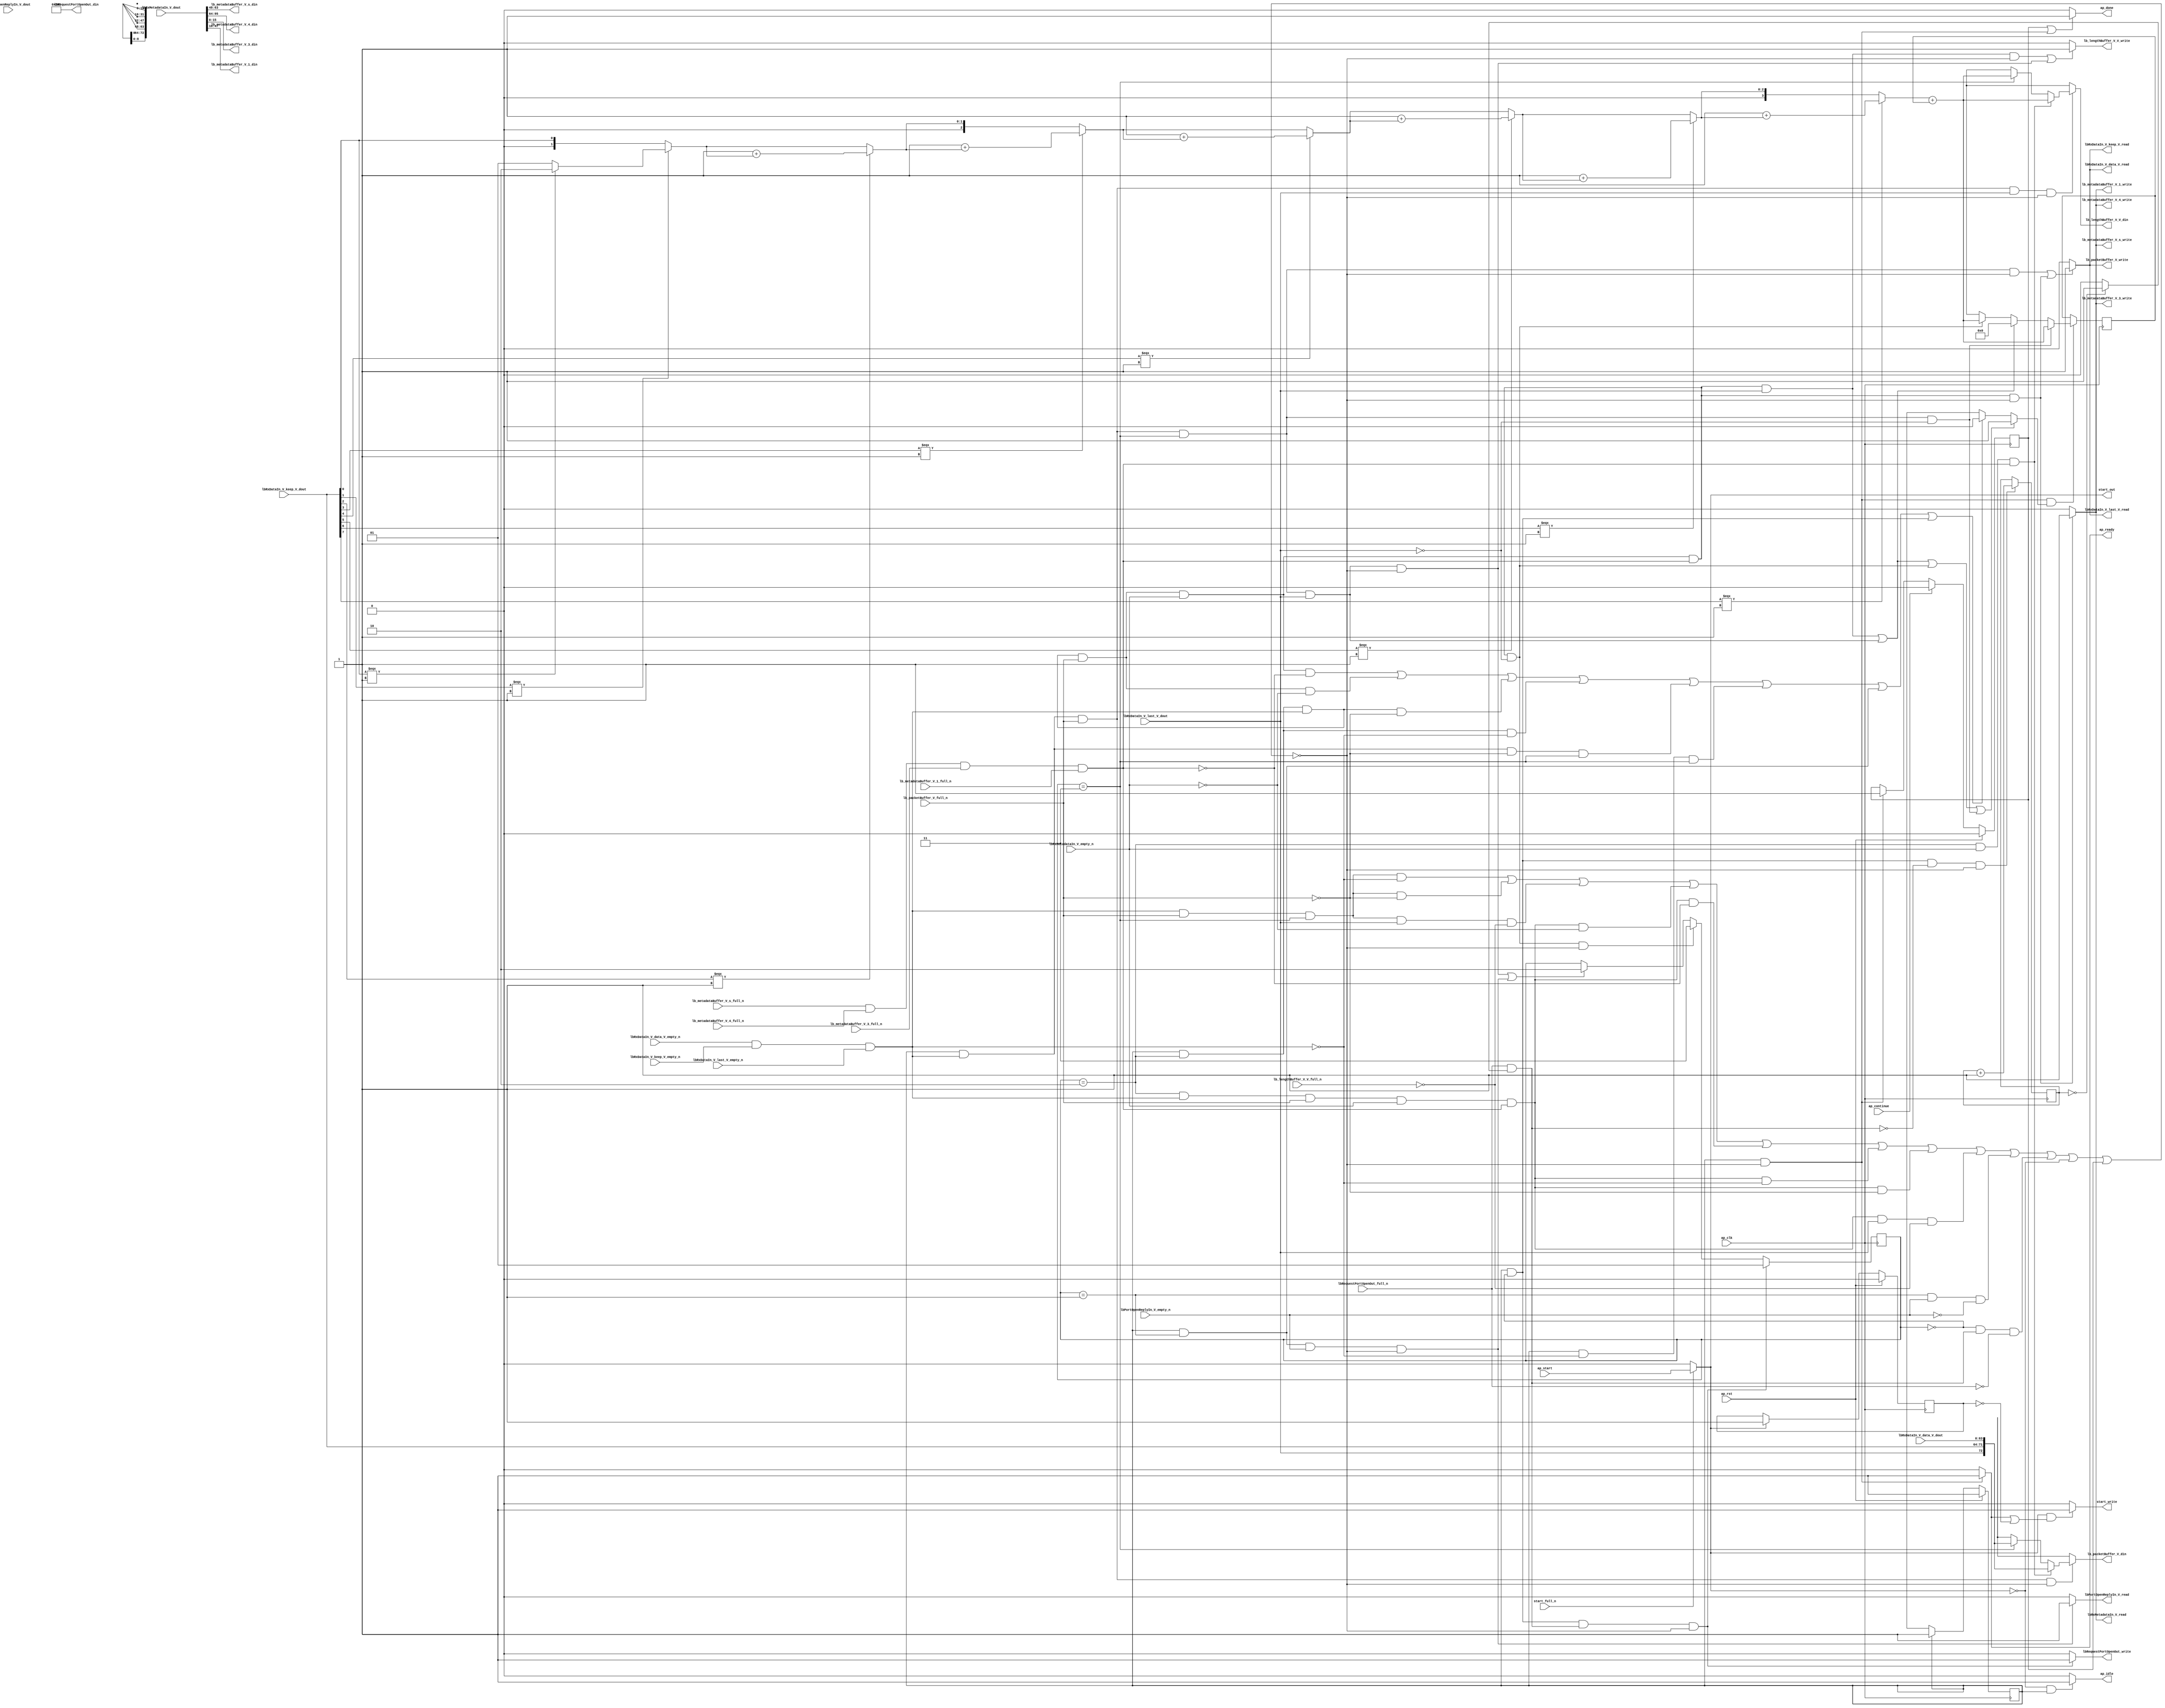
// This program was cloned from: https://github.com/mustafabbas/ECE1373_2016_hft_on_fpga
// License: MIT License

// ==============================================================
// RTL generated by Vivado(TM) HLS - High-Level Synthesis from C, C++ and SystemC
// Version: 2016.3
// Copyright (C) 1986-2016 Xilinx, Inc. All Rights Reserved.
// 
// ===========================================================

`timescale 1 ns / 1 ps 

module rxPath (
        ap_clk,
        ap_rst,
        ap_start,
        start_full_n,
        ap_done,
        ap_continue,
        ap_idle,
        ap_ready,
        start_out,
        start_write,
        lbRxDataIn_V_data_V_dout,
        lbRxDataIn_V_data_V_empty_n,
        lbRxDataIn_V_data_V_read,
        lbRxDataIn_V_keep_V_dout,
        lbRxDataIn_V_keep_V_empty_n,
        lbRxDataIn_V_keep_V_read,
        lbRxDataIn_V_last_V_dout,
        lbRxDataIn_V_last_V_empty_n,
        lbRxDataIn_V_last_V_read,
        lbRxMetadataIn_V_dout,
        lbRxMetadataIn_V_empty_n,
        lbRxMetadataIn_V_read,
        lbRequestPortOpenOut_din,
        lbRequestPortOpenOut_full_n,
        lbRequestPortOpenOut_write,
        lbPortOpenReplyIn_V_dout,
        lbPortOpenReplyIn_V_empty_n,
        lbPortOpenReplyIn_V_read,
        lb_packetBuffer_V_din,
        lb_packetBuffer_V_full_n,
        lb_packetBuffer_V_write,
        lb_metadataBuffer_V_s_din,
        lb_metadataBuffer_V_s_full_n,
        lb_metadataBuffer_V_s_write,
        lb_metadataBuffer_V_4_din,
        lb_metadataBuffer_V_4_full_n,
        lb_metadataBuffer_V_4_write,
        lb_metadataBuffer_V_3_din,
        lb_metadataBuffer_V_3_full_n,
        lb_metadataBuffer_V_3_write,
        lb_metadataBuffer_V_1_din,
        lb_metadataBuffer_V_1_full_n,
        lb_metadataBuffer_V_1_write,
        lb_lengthBuffer_V_V_din,
        lb_lengthBuffer_V_V_full_n,
        lb_lengthBuffer_V_V_write
);

parameter    ap_ST_fsm_state1 = 1'b1;
parameter    ap_const_lv32_0 = 32'b00000000000000000000000000000000;
parameter    ap_const_lv2_0 = 2'b00;
parameter    ap_const_lv16_0 = 16'b0000000000000000;
parameter    ap_const_lv2_2 = 2'b10;
parameter    ap_const_lv2_3 = 2'b11;
parameter    ap_const_lv2_1 = 2'b1;
parameter    ap_const_lv16_281 = 16'b1010000001;
parameter    ap_const_lv32_2 = 32'b10;
parameter    ap_const_lv32_3 = 32'b11;
parameter    ap_const_lv32_4 = 32'b100;
parameter    ap_const_lv32_5 = 32'b101;
parameter    ap_const_lv32_6 = 32'b110;
parameter    ap_const_lv32_1 = 32'b1;
parameter    ap_const_lv3_1 = 3'b1;
parameter    ap_const_lv32_7 = 32'b111;
parameter    ap_const_lv4_1 = 4'b1;
parameter    ap_const_lv32_10 = 32'b10000;
parameter    ap_const_lv32_2F = 32'b101111;
parameter    ap_const_lv32_30 = 32'b110000;
parameter    ap_const_lv32_3F = 32'b111111;
parameter    ap_const_lv32_40 = 32'b1000000;
parameter    ap_const_lv32_5F = 32'b1011111;
parameter    ap_const_lv32_FFFFFFFF = 32'b11111111111111111111111111111111;

input   ap_clk;
input   ap_rst;
input   ap_start;
input   start_full_n;
output   ap_done;
input   ap_continue;
output   ap_idle;
output   ap_ready;
output   start_out;
output   start_write;
input  [63:0] lbRxDataIn_V_data_V_dout;
input   lbRxDataIn_V_data_V_empty_n;
output   lbRxDataIn_V_data_V_read;
input  [7:0] lbRxDataIn_V_keep_V_dout;
input   lbRxDataIn_V_keep_V_empty_n;
output   lbRxDataIn_V_keep_V_read;
input  [0:0] lbRxDataIn_V_last_V_dout;
input   lbRxDataIn_V_last_V_empty_n;
output   lbRxDataIn_V_last_V_read;
input  [95:0] lbRxMetadataIn_V_dout;
input   lbRxMetadataIn_V_empty_n;
output   lbRxMetadataIn_V_read;
output  [15:0] lbRequestPortOpenOut_din;
input   lbRequestPortOpenOut_full_n;
output   lbRequestPortOpenOut_write;
input   lbPortOpenReplyIn_V_dout;
input   lbPortOpenReplyIn_V_empty_n;
output   lbPortOpenReplyIn_V_read;
output  [72:0] lb_packetBuffer_V_din;
input   lb_packetBuffer_V_full_n;
output   lb_packetBuffer_V_write;
output  [15:0] lb_metadataBuffer_V_s_din;
input   lb_metadataBuffer_V_s_full_n;
output   lb_metadataBuffer_V_s_write;
output  [31:0] lb_metadataBuffer_V_4_din;
input   lb_metadataBuffer_V_4_full_n;
output   lb_metadataBuffer_V_4_write;
output  [15:0] lb_metadataBuffer_V_3_din;
input   lb_metadataBuffer_V_3_full_n;
output   lb_metadataBuffer_V_3_write;
output  [31:0] lb_metadataBuffer_V_1_din;
input   lb_metadataBuffer_V_1_full_n;
output   lb_metadataBuffer_V_1_write;
output  [15:0] lb_lengthBuffer_V_V_din;
input   lb_lengthBuffer_V_V_full_n;
output   lb_lengthBuffer_V_V_write;

reg ap_done;
reg ap_idle;
reg start_write;
reg lbRxMetadataIn_V_read;
reg lbRequestPortOpenOut_write;
reg lbPortOpenReplyIn_V_read;
reg[72:0] lb_packetBuffer_V_din;
reg lb_packetBuffer_V_write;
reg[15:0] lb_lengthBuffer_V_V_din;
reg lb_lengthBuffer_V_V_write;

reg    real_start;
reg    ap_done_reg;
(* fsm_encoding = "none" *) reg   [0:0] ap_CS_fsm;
wire   [0:0] ap_CS_fsm_state1;
reg    internal_ap_ready;
reg    start_once_reg;
reg   [1:0] sinkState;
reg   [15:0] lbPacketLength;
reg   [31:0] openPortWaitTime_V;
reg    lbRxDataIn_V_data_V_blk_n;
wire   [0:0] grp_nbreadreq_fu_134_p5;
wire   [0:0] grp_nbwritereq_fu_146_p3;
wire   [0:0] tmp_12_nbreadreq_fu_178_p3;
wire   [0:0] tmp_23_nbwritereq_fu_186_p6;
reg    lbRxDataIn_V_keep_V_blk_n;
reg    lbRxDataIn_V_last_V_blk_n;
reg    lbRxMetadataIn_V_blk_n;
reg    lbRequestPortOpenOut_blk_n;
wire   [0:0] or_cond_i_fu_768_p2;
reg    lbPortOpenReplyIn_V_blk_n;
wire   [0:0] tmp_6_nbreadreq_fu_222_p3;
reg    lb_packetBuffer_V_blk_n;
reg    lb_metadataBuffer_V_s_blk_n;
reg    lb_metadataBuffer_V_4_blk_n;
reg    lb_metadataBuffer_V_3_blk_n;
reg    lb_metadataBuffer_V_1_blk_n;
reg    lb_lengthBuffer_V_V_blk_n;
reg   [0:0] lbPacketLength_flag_s_phi_fu_255_p26;
wire    lbRxDataIn_V_data_V0_status;
wire    lb_metadataBuffer_V_s1_status;
reg    ap_condition_185;
wire   [15:0] tmp_V_1_fu_744_p2;
reg   [15:0] lbPacketLength_new_4_phi_fu_299_p26;
wire   [15:0] tmp_V_fu_551_p2;
reg    lbRxDataIn_V_data_V0_update;
wire   [72:0] tmp_2_fu_404_p4;
wire   [72:0] tmp_1_fu_597_p4;
reg    lb_metadataBuffer_V_s1_update;
wire   [31:0] tmp_8_i_fu_774_p2;
wire   [0:0] tmp_15_fu_415_p1;
wire   [0:0] tmp_16_fu_423_p3;
wire   [1:0] counter_V_1_i_fu_431_p3;
wire   [1:0] p_051_0_cast_i_fu_419_p1;
wire   [1:0] p_051_0_1_i_fu_439_p3;
wire   [0:0] grp_fu_350_p3;
wire   [1:0] counter_V_2_i_fu_447_p2;
wire   [1:0] p_051_0_2_i_fu_453_p3;
wire   [2:0] p_051_0_2_cast_i_fu_461_p1;
wire   [0:0] grp_fu_358_p3;
wire   [2:0] counter_V_3_i_fu_465_p2;
wire   [2:0] p_051_0_3_i_fu_471_p3;
wire   [0:0] grp_fu_366_p3;
wire   [2:0] counter_V_4_i_fu_479_p2;
wire   [2:0] p_051_0_4_i_fu_485_p3;
wire   [0:0] grp_fu_374_p3;
wire   [2:0] counter_V_5_i_fu_493_p2;
wire   [2:0] p_051_0_5_i_fu_499_p3;
wire   [0:0] grp_fu_382_p3;
wire   [2:0] counter_V_6_i_fu_507_p2;
wire   [2:0] p_051_0_6_i_fu_513_p3;
wire   [3:0] p_051_0_6_cast_i_fu_521_p1;
wire   [0:0] tmp_22_fu_525_p3;
wire   [3:0] counter_V_7_i_fu_533_p2;
wire   [3:0] p_051_0_7_i_fu_539_p3;
wire   [15:0] tmp_12_i_fu_547_p1;
wire   [0:0] tmp_25_fu_608_p1;
wire   [0:0] tmp_26_fu_616_p3;
wire   [1:0] counter_V_1_1_i_fu_624_p3;
wire   [1:0] p_067_0_cast_i_fu_612_p1;
wire   [1:0] p_067_0_1_i_fu_632_p3;
wire   [1:0] counter_V_1_2_i_fu_640_p2;
wire   [1:0] p_067_0_2_i_fu_646_p3;
wire   [2:0] p_067_0_2_cast_i_fu_654_p1;
wire   [2:0] counter_V_1_3_i_fu_658_p2;
wire   [2:0] p_067_0_3_i_fu_664_p3;
wire   [2:0] counter_V_1_4_i_fu_672_p2;
wire   [2:0] p_067_0_4_i_fu_678_p3;
wire   [2:0] counter_V_1_5_i_fu_686_p2;
wire   [2:0] p_067_0_5_i_fu_692_p3;
wire   [2:0] counter_V_1_6_i_fu_700_p2;
wire   [2:0] p_067_0_6_i_fu_706_p3;
wire   [3:0] p_067_0_6_cast_i_fu_714_p1;
wire   [0:0] tmp_32_fu_718_p3;
wire   [3:0] counter_V_1_7_i_fu_726_p2;
wire   [3:0] p_067_0_7_i_fu_732_p3;
wire   [15:0] tmp_16_i_fu_740_p1;
wire   [0:0] or_cond_i_fu_768_p0;
wire   [0:0] tmp_i_fu_762_p2;
reg   [0:0] ap_NS_fsm;
reg    ap_condition_574;
reg    ap_condition_572;
reg    ap_condition_579;

// power-on initialization
initial begin
#0 ap_done_reg = 1'b0;
#0 ap_CS_fsm = 1'b1;
#0 start_once_reg = 1'b0;
#0 sinkState = 2'b00;
#0 lbPacketLength = 16'b0000000000000000;
#0 openPortWaitTime_V = 32'b1100100;
end

always @ (posedge ap_clk) begin
    if (ap_rst == 1'b1) begin
        ap_CS_fsm <= ap_ST_fsm_state1;
    end else begin
        ap_CS_fsm <= ap_NS_fsm;
    end
end

always @ (posedge ap_clk) begin
    if (ap_rst == 1'b1) begin
        ap_done_reg <= 1'b0;
    end else begin
        if ((1'b1 == ap_continue)) begin
            ap_done_reg <= 1'b0;
        end else if (((ap_CS_fsm_state1 == 1'b1) & ~(ap_condition_185 == 1'b1))) begin
            ap_done_reg <= 1'b1;
        end
    end
end

always @ (posedge ap_clk) begin
    if (ap_rst == 1'b1) begin
        start_once_reg <= 1'b0;
    end else begin
        if ((1'b1 == real_start)) begin
            start_once_reg <= 1'b1;
        end
    end
end

always @ (posedge ap_clk) begin
    if (((ap_CS_fsm_state1 == 1'b1) & (ap_const_lv2_0 == sinkState) & ~(1'b0 == or_cond_i_fu_768_p2) & ~(ap_condition_185 == 1'b1))) begin
        sinkState <= ap_const_lv2_1;
    end else if (((ap_CS_fsm_state1 == 1'b1) & (sinkState == ap_const_lv2_2) & ~(grp_nbreadreq_fu_134_p5 == 1'b0) & ~(1'b0 == grp_nbwritereq_fu_146_p3) & ~(1'b0 == tmp_12_nbreadreq_fu_178_p3) & ~(1'b0 == tmp_23_nbwritereq_fu_186_p6) & (1'b0 == lbRxDataIn_V_last_V_dout) & ~(ap_condition_185 == 1'b1))) begin
        sinkState <= ap_const_lv2_3;
    end else if ((((ap_CS_fsm_state1 == 1'b1) & ~(grp_nbreadreq_fu_134_p5 == 1'b0) & ~(1'b0 == grp_nbwritereq_fu_146_p3) & (sinkState == ap_const_lv2_3) & ~(1'b0 == lbRxDataIn_V_last_V_dout) & ~(ap_condition_185 == 1'b1)) | ((ap_CS_fsm_state1 == 1'b1) & (sinkState == ap_const_lv2_1) & ~(1'b0 == tmp_6_nbreadreq_fu_222_p3) & ~(ap_condition_185 == 1'b1)))) begin
        sinkState <= ap_const_lv2_2;
    end
end

always @ (posedge ap_clk) begin
    if (((ap_CS_fsm_state1 == 1'b1) & ~(ap_condition_185 == 1'b1) & ~(1'b0 == lbPacketLength_flag_s_phi_fu_255_p26))) begin
        lbPacketLength <= lbPacketLength_new_4_phi_fu_299_p26;
    end
end

always @ (posedge ap_clk) begin
    if (((ap_CS_fsm_state1 == 1'b1) & (ap_const_lv2_0 == sinkState) & (1'b0 == or_cond_i_fu_768_p2) & ~(ap_condition_185 == 1'b1))) begin
        openPortWaitTime_V <= tmp_8_i_fu_774_p2;
    end
end

always @ (*) begin
    if (((1'b1 == ap_done_reg) | ((ap_CS_fsm_state1 == 1'b1) & ~(ap_condition_185 == 1'b1)))) begin
        ap_done = 1'b1;
    end else begin
        ap_done = 1'b0;
    end
end

always @ (*) begin
    if (((1'b0 == real_start) & (ap_CS_fsm_state1 == 1'b1))) begin
        ap_idle = 1'b1;
    end else begin
        ap_idle = 1'b0;
    end
end

always @ (*) begin
    if (((ap_CS_fsm_state1 == 1'b1) & ~(ap_condition_185 == 1'b1))) begin
        internal_ap_ready = 1'b1;
    end else begin
        internal_ap_ready = 1'b0;
    end
end

always @ (*) begin
    if ((((ap_CS_fsm_state1 == 1'b1) & (sinkState == ap_const_lv2_2) & ~(grp_nbreadreq_fu_134_p5 == 1'b0) & ~(1'b0 == grp_nbwritereq_fu_146_p3) & ~(1'b0 == tmp_12_nbreadreq_fu_178_p3) & ~(1'b0 == tmp_23_nbwritereq_fu_186_p6) & ~(1'b0 == lbRxDataIn_V_last_V_dout)) | ((ap_CS_fsm_state1 == 1'b1) & ~(grp_nbreadreq_fu_134_p5 == 1'b0) & ~(1'b0 == grp_nbwritereq_fu_146_p3) & (sinkState == ap_const_lv2_3) & ~(1'b0 == lbRxDataIn_V_last_V_dout)) | ((ap_CS_fsm_state1 == 1'b1) & (sinkState == ap_const_lv2_2) & ~(grp_nbreadreq_fu_134_p5 == 1'b0) & ~(1'b0 == grp_nbwritereq_fu_146_p3) & ~(1'b0 == tmp_12_nbreadreq_fu_178_p3) & ~(1'b0 == tmp_23_nbwritereq_fu_186_p6) & (1'b0 == lbRxDataIn_V_last_V_dout)) | ((ap_CS_fsm_state1 == 1'b1) & ~(grp_nbreadreq_fu_134_p5 == 1'b0) & ~(1'b0 == grp_nbwritereq_fu_146_p3) & (sinkState == ap_const_lv2_3) & (1'b0 == lbRxDataIn_V_last_V_dout)))) begin
        lbPacketLength_flag_s_phi_fu_255_p26 = 1'b1;
    end else if ((((ap_CS_fsm_state1 == 1'b1) & (sinkState == ap_const_lv2_2) & ~(grp_nbreadreq_fu_134_p5 == 1'b0) & ~(1'b0 == grp_nbwritereq_fu_146_p3) & ~(1'b0 == tmp_12_nbreadreq_fu_178_p3) & (1'b0 == tmp_23_nbwritereq_fu_186_p6)) | ((ap_CS_fsm_state1 == 1'b1) & (sinkState == ap_const_lv2_2) & ~(grp_nbreadreq_fu_134_p5 == 1'b0) & ~(1'b0 == grp_nbwritereq_fu_146_p3) & (1'b0 == tmp_12_nbreadreq_fu_178_p3)) | ((ap_CS_fsm_state1 == 1'b1) & (sinkState == ap_const_lv2_2) & ~(grp_nbreadreq_fu_134_p5 == 1'b0) & (1'b0 == grp_nbwritereq_fu_146_p3)) | ((ap_CS_fsm_state1 == 1'b1) & (sinkState == ap_const_lv2_2) & (grp_nbreadreq_fu_134_p5 == 1'b0)) | ((ap_CS_fsm_state1 == 1'b1) & ~(grp_nbreadreq_fu_134_p5 == 1'b0) & (1'b0 == grp_nbwritereq_fu_146_p3) & (sinkState == ap_const_lv2_3)) | ((ap_CS_fsm_state1 == 1'b1) & (grp_nbreadreq_fu_134_p5 == 1'b0) & (sinkState == ap_const_lv2_3)) | ((ap_CS_fsm_state1 == 1'b1) & (sinkState == ap_const_lv2_1)) | ((ap_CS_fsm_state1 == 1'b1) & (ap_const_lv2_0 == sinkState)))) begin
        lbPacketLength_flag_s_phi_fu_255_p26 = 1'b0;
    end else begin
        lbPacketLength_flag_s_phi_fu_255_p26 = 'bx;
    end
end

always @ (*) begin
    if (((ap_CS_fsm_state1 == 1'b1) & ~(grp_nbreadreq_fu_134_p5 == 1'b0) & ~(1'b0 == grp_nbwritereq_fu_146_p3) & (sinkState == ap_const_lv2_3) & (1'b0 == lbRxDataIn_V_last_V_dout))) begin
        lbPacketLength_new_4_phi_fu_299_p26 = tmp_V_fu_551_p2;
    end else if ((((ap_CS_fsm_state1 == 1'b1) & (sinkState == ap_const_lv2_2) & ~(grp_nbreadreq_fu_134_p5 == 1'b0) & ~(1'b0 == grp_nbwritereq_fu_146_p3) & ~(1'b0 == tmp_12_nbreadreq_fu_178_p3) & ~(1'b0 == tmp_23_nbwritereq_fu_186_p6) & ~(1'b0 == lbRxDataIn_V_last_V_dout)) | ((ap_CS_fsm_state1 == 1'b1) & ~(grp_nbreadreq_fu_134_p5 == 1'b0) & ~(1'b0 == grp_nbwritereq_fu_146_p3) & (sinkState == ap_const_lv2_3) & ~(1'b0 == lbRxDataIn_V_last_V_dout)))) begin
        lbPacketLength_new_4_phi_fu_299_p26 = ap_const_lv16_0;
    end else if (((ap_CS_fsm_state1 == 1'b1) & (sinkState == ap_const_lv2_2) & ~(grp_nbreadreq_fu_134_p5 == 1'b0) & ~(1'b0 == grp_nbwritereq_fu_146_p3) & ~(1'b0 == tmp_12_nbreadreq_fu_178_p3) & ~(1'b0 == tmp_23_nbwritereq_fu_186_p6) & (1'b0 == lbRxDataIn_V_last_V_dout))) begin
        lbPacketLength_new_4_phi_fu_299_p26 = tmp_V_1_fu_744_p2;
    end else begin
        lbPacketLength_new_4_phi_fu_299_p26 = 'bx;
    end
end

always @ (*) begin
    if (((ap_CS_fsm_state1 == 1'b1) & (sinkState == ap_const_lv2_1) & ~(1'b0 == tmp_6_nbreadreq_fu_222_p3))) begin
        lbPortOpenReplyIn_V_blk_n = lbPortOpenReplyIn_V_empty_n;
    end else begin
        lbPortOpenReplyIn_V_blk_n = 1'b1;
    end
end

always @ (*) begin
    if (((ap_CS_fsm_state1 == 1'b1) & (sinkState == ap_const_lv2_1) & ~(1'b0 == tmp_6_nbreadreq_fu_222_p3) & ~(ap_condition_185 == 1'b1))) begin
        lbPortOpenReplyIn_V_read = 1'b1;
    end else begin
        lbPortOpenReplyIn_V_read = 1'b0;
    end
end

always @ (*) begin
    if (((ap_CS_fsm_state1 == 1'b1) & (ap_const_lv2_0 == sinkState) & ~(1'b0 == or_cond_i_fu_768_p2))) begin
        lbRequestPortOpenOut_blk_n = lbRequestPortOpenOut_full_n;
    end else begin
        lbRequestPortOpenOut_blk_n = 1'b1;
    end
end

always @ (*) begin
    if (((ap_CS_fsm_state1 == 1'b1) & (ap_const_lv2_0 == sinkState) & ~(1'b0 == or_cond_i_fu_768_p2) & ~(ap_condition_185 == 1'b1))) begin
        lbRequestPortOpenOut_write = 1'b1;
    end else begin
        lbRequestPortOpenOut_write = 1'b0;
    end
end

always @ (*) begin
    if ((((ap_CS_fsm_state1 == 1'b1) & ~(grp_nbreadreq_fu_134_p5 == 1'b0) & ~(1'b0 == grp_nbwritereq_fu_146_p3) & (sinkState == ap_const_lv2_3) & ~(ap_condition_185 == 1'b1)) | ((ap_CS_fsm_state1 == 1'b1) & (sinkState == ap_const_lv2_2) & ~(grp_nbreadreq_fu_134_p5 == 1'b0) & ~(1'b0 == grp_nbwritereq_fu_146_p3) & ~(1'b0 == tmp_12_nbreadreq_fu_178_p3) & ~(1'b0 == tmp_23_nbwritereq_fu_186_p6) & ~(ap_condition_185 == 1'b1)))) begin
        lbRxDataIn_V_data_V0_update = 1'b1;
    end else begin
        lbRxDataIn_V_data_V0_update = 1'b0;
    end
end

always @ (*) begin
    if ((((ap_CS_fsm_state1 == 1'b1) & (sinkState == ap_const_lv2_2) & ~(grp_nbreadreq_fu_134_p5 == 1'b0) & ~(1'b0 == grp_nbwritereq_fu_146_p3) & ~(1'b0 == tmp_12_nbreadreq_fu_178_p3) & ~(1'b0 == tmp_23_nbwritereq_fu_186_p6)) | ((ap_CS_fsm_state1 == 1'b1) & ~(grp_nbreadreq_fu_134_p5 == 1'b0) & ~(1'b0 == grp_nbwritereq_fu_146_p3) & (sinkState == ap_const_lv2_3)))) begin
        lbRxDataIn_V_data_V_blk_n = lbRxDataIn_V_data_V_empty_n;
    end else begin
        lbRxDataIn_V_data_V_blk_n = 1'b1;
    end
end

always @ (*) begin
    if ((((ap_CS_fsm_state1 == 1'b1) & (sinkState == ap_const_lv2_2) & ~(grp_nbreadreq_fu_134_p5 == 1'b0) & ~(1'b0 == grp_nbwritereq_fu_146_p3) & ~(1'b0 == tmp_12_nbreadreq_fu_178_p3) & ~(1'b0 == tmp_23_nbwritereq_fu_186_p6)) | ((ap_CS_fsm_state1 == 1'b1) & ~(grp_nbreadreq_fu_134_p5 == 1'b0) & ~(1'b0 == grp_nbwritereq_fu_146_p3) & (sinkState == ap_const_lv2_3)))) begin
        lbRxDataIn_V_keep_V_blk_n = lbRxDataIn_V_keep_V_empty_n;
    end else begin
        lbRxDataIn_V_keep_V_blk_n = 1'b1;
    end
end

always @ (*) begin
    if ((((ap_CS_fsm_state1 == 1'b1) & (sinkState == ap_const_lv2_2) & ~(grp_nbreadreq_fu_134_p5 == 1'b0) & ~(1'b0 == grp_nbwritereq_fu_146_p3) & ~(1'b0 == tmp_12_nbreadreq_fu_178_p3) & ~(1'b0 == tmp_23_nbwritereq_fu_186_p6)) | ((ap_CS_fsm_state1 == 1'b1) & ~(grp_nbreadreq_fu_134_p5 == 1'b0) & ~(1'b0 == grp_nbwritereq_fu_146_p3) & (sinkState == ap_const_lv2_3)))) begin
        lbRxDataIn_V_last_V_blk_n = lbRxDataIn_V_last_V_empty_n;
    end else begin
        lbRxDataIn_V_last_V_blk_n = 1'b1;
    end
end

always @ (*) begin
    if (((ap_CS_fsm_state1 == 1'b1) & (sinkState == ap_const_lv2_2) & ~(grp_nbreadreq_fu_134_p5 == 1'b0) & ~(1'b0 == grp_nbwritereq_fu_146_p3) & ~(1'b0 == tmp_12_nbreadreq_fu_178_p3) & ~(1'b0 == tmp_23_nbwritereq_fu_186_p6))) begin
        lbRxMetadataIn_V_blk_n = lbRxMetadataIn_V_empty_n;
    end else begin
        lbRxMetadataIn_V_blk_n = 1'b1;
    end
end

always @ (*) begin
    if (((ap_CS_fsm_state1 == 1'b1) & (sinkState == ap_const_lv2_2) & ~(grp_nbreadreq_fu_134_p5 == 1'b0) & ~(1'b0 == grp_nbwritereq_fu_146_p3) & ~(1'b0 == tmp_12_nbreadreq_fu_178_p3) & ~(1'b0 == tmp_23_nbwritereq_fu_186_p6) & ~(ap_condition_185 == 1'b1))) begin
        lbRxMetadataIn_V_read = 1'b1;
    end else begin
        lbRxMetadataIn_V_read = 1'b0;
    end
end

always @ (*) begin
    if ((((ap_CS_fsm_state1 == 1'b1) & (sinkState == ap_const_lv2_2) & ~(grp_nbreadreq_fu_134_p5 == 1'b0) & ~(1'b0 == grp_nbwritereq_fu_146_p3) & ~(1'b0 == tmp_12_nbreadreq_fu_178_p3) & ~(1'b0 == tmp_23_nbwritereq_fu_186_p6) & ~(1'b0 == lbRxDataIn_V_last_V_dout)) | ((ap_CS_fsm_state1 == 1'b1) & ~(grp_nbreadreq_fu_134_p5 == 1'b0) & ~(1'b0 == grp_nbwritereq_fu_146_p3) & (sinkState == ap_const_lv2_3) & ~(1'b0 == lbRxDataIn_V_last_V_dout)))) begin
        lb_lengthBuffer_V_V_blk_n = lb_lengthBuffer_V_V_full_n;
    end else begin
        lb_lengthBuffer_V_V_blk_n = 1'b1;
    end
end

always @ (*) begin
    if ((ap_condition_572 == 1'b1)) begin
        if ((ap_condition_574 == 1'b1)) begin
            lb_lengthBuffer_V_V_din = tmp_V_1_fu_744_p2;
        end else if ((sinkState == ap_const_lv2_3)) begin
            lb_lengthBuffer_V_V_din = tmp_V_fu_551_p2;
        end else begin
            lb_lengthBuffer_V_V_din = 'bx;
        end
    end else begin
        lb_lengthBuffer_V_V_din = 'bx;
    end
end

always @ (*) begin
    if ((((ap_CS_fsm_state1 == 1'b1) & (sinkState == ap_const_lv2_2) & ~(grp_nbreadreq_fu_134_p5 == 1'b0) & ~(1'b0 == grp_nbwritereq_fu_146_p3) & ~(1'b0 == tmp_12_nbreadreq_fu_178_p3) & ~(1'b0 == tmp_23_nbwritereq_fu_186_p6) & ~(1'b0 == lbRxDataIn_V_last_V_dout) & ~(ap_condition_185 == 1'b1)) | ((ap_CS_fsm_state1 == 1'b1) & ~(grp_nbreadreq_fu_134_p5 == 1'b0) & ~(1'b0 == grp_nbwritereq_fu_146_p3) & (sinkState == ap_const_lv2_3) & ~(1'b0 == lbRxDataIn_V_last_V_dout) & ~(ap_condition_185 == 1'b1)))) begin
        lb_lengthBuffer_V_V_write = 1'b1;
    end else begin
        lb_lengthBuffer_V_V_write = 1'b0;
    end
end

always @ (*) begin
    if (((ap_CS_fsm_state1 == 1'b1) & (sinkState == ap_const_lv2_2) & ~(grp_nbreadreq_fu_134_p5 == 1'b0) & ~(1'b0 == grp_nbwritereq_fu_146_p3) & ~(1'b0 == tmp_12_nbreadreq_fu_178_p3) & ~(1'b0 == tmp_23_nbwritereq_fu_186_p6))) begin
        lb_metadataBuffer_V_1_blk_n = lb_metadataBuffer_V_1_full_n;
    end else begin
        lb_metadataBuffer_V_1_blk_n = 1'b1;
    end
end

always @ (*) begin
    if (((ap_CS_fsm_state1 == 1'b1) & (sinkState == ap_const_lv2_2) & ~(grp_nbreadreq_fu_134_p5 == 1'b0) & ~(1'b0 == grp_nbwritereq_fu_146_p3) & ~(1'b0 == tmp_12_nbreadreq_fu_178_p3) & ~(1'b0 == tmp_23_nbwritereq_fu_186_p6))) begin
        lb_metadataBuffer_V_3_blk_n = lb_metadataBuffer_V_3_full_n;
    end else begin
        lb_metadataBuffer_V_3_blk_n = 1'b1;
    end
end

always @ (*) begin
    if (((ap_CS_fsm_state1 == 1'b1) & (sinkState == ap_const_lv2_2) & ~(grp_nbreadreq_fu_134_p5 == 1'b0) & ~(1'b0 == grp_nbwritereq_fu_146_p3) & ~(1'b0 == tmp_12_nbreadreq_fu_178_p3) & ~(1'b0 == tmp_23_nbwritereq_fu_186_p6))) begin
        lb_metadataBuffer_V_4_blk_n = lb_metadataBuffer_V_4_full_n;
    end else begin
        lb_metadataBuffer_V_4_blk_n = 1'b1;
    end
end

always @ (*) begin
    if (((ap_CS_fsm_state1 == 1'b1) & (sinkState == ap_const_lv2_2) & ~(grp_nbreadreq_fu_134_p5 == 1'b0) & ~(1'b0 == grp_nbwritereq_fu_146_p3) & ~(1'b0 == tmp_12_nbreadreq_fu_178_p3) & ~(1'b0 == tmp_23_nbwritereq_fu_186_p6) & ~(ap_condition_185 == 1'b1))) begin
        lb_metadataBuffer_V_s1_update = 1'b1;
    end else begin
        lb_metadataBuffer_V_s1_update = 1'b0;
    end
end

always @ (*) begin
    if (((ap_CS_fsm_state1 == 1'b1) & (sinkState == ap_const_lv2_2) & ~(grp_nbreadreq_fu_134_p5 == 1'b0) & ~(1'b0 == grp_nbwritereq_fu_146_p3) & ~(1'b0 == tmp_12_nbreadreq_fu_178_p3) & ~(1'b0 == tmp_23_nbwritereq_fu_186_p6))) begin
        lb_metadataBuffer_V_s_blk_n = lb_metadataBuffer_V_s_full_n;
    end else begin
        lb_metadataBuffer_V_s_blk_n = 1'b1;
    end
end

always @ (*) begin
    if ((((ap_CS_fsm_state1 == 1'b1) & (sinkState == ap_const_lv2_2) & ~(grp_nbreadreq_fu_134_p5 == 1'b0) & ~(1'b0 == grp_nbwritereq_fu_146_p3) & ~(1'b0 == tmp_12_nbreadreq_fu_178_p3) & ~(1'b0 == tmp_23_nbwritereq_fu_186_p6)) | ((ap_CS_fsm_state1 == 1'b1) & ~(grp_nbreadreq_fu_134_p5 == 1'b0) & ~(1'b0 == grp_nbwritereq_fu_146_p3) & (sinkState == ap_const_lv2_3)))) begin
        lb_packetBuffer_V_blk_n = lb_packetBuffer_V_full_n;
    end else begin
        lb_packetBuffer_V_blk_n = 1'b1;
    end
end

always @ (*) begin
    if ((ap_condition_579 == 1'b1)) begin
        if ((ap_condition_574 == 1'b1)) begin
            lb_packetBuffer_V_din = tmp_1_fu_597_p4;
        end else if ((sinkState == ap_const_lv2_3)) begin
            lb_packetBuffer_V_din = tmp_2_fu_404_p4;
        end else begin
            lb_packetBuffer_V_din = 'bx;
        end
    end else begin
        lb_packetBuffer_V_din = 'bx;
    end
end

always @ (*) begin
    if ((((ap_CS_fsm_state1 == 1'b1) & ~(grp_nbreadreq_fu_134_p5 == 1'b0) & ~(1'b0 == grp_nbwritereq_fu_146_p3) & (sinkState == ap_const_lv2_3) & ~(ap_condition_185 == 1'b1)) | ((ap_CS_fsm_state1 == 1'b1) & (sinkState == ap_const_lv2_2) & ~(grp_nbreadreq_fu_134_p5 == 1'b0) & ~(1'b0 == grp_nbwritereq_fu_146_p3) & ~(1'b0 == tmp_12_nbreadreq_fu_178_p3) & ~(1'b0 == tmp_23_nbwritereq_fu_186_p6) & ~(ap_condition_185 == 1'b1)))) begin
        lb_packetBuffer_V_write = 1'b1;
    end else begin
        lb_packetBuffer_V_write = 1'b0;
    end
end

always @ (*) begin
    if ((1'b0 == start_full_n)) begin
        real_start = 1'b0;
    end else begin
        real_start = ap_start;
    end
end

always @ (*) begin
    if (((1'b1 == real_start) & ((1'b1 == internal_ap_ready) | (1'b0 == start_once_reg)))) begin
        start_write = 1'b1;
    end else begin
        start_write = 1'b0;
    end
end

always @ (*) begin
    case (ap_CS_fsm)
        ap_ST_fsm_state1 : begin
            ap_NS_fsm = ap_ST_fsm_state1;
        end
        default : begin
            ap_NS_fsm = 'bx;
        end
    endcase
end

assign ap_CS_fsm_state1 = ap_CS_fsm[ap_const_lv32_0];

always @ (*) begin
    ap_condition_185 = ((~(grp_nbreadreq_fu_134_p5 == 1'b0) & ~(1'b0 == grp_nbwritereq_fu_146_p3) & (sinkState == ap_const_lv2_3) & (lbRxDataIn_V_data_V0_status == 1'b0)) | (~(grp_nbreadreq_fu_134_p5 == 1'b0) & ~(1'b0 == grp_nbwritereq_fu_146_p3) & (sinkState == ap_const_lv2_3) & (lb_packetBuffer_V_full_n == 1'b0)) | (~(grp_nbreadreq_fu_134_p5 == 1'b0) & ~(1'b0 == grp_nbwritereq_fu_146_p3) & (sinkState == ap_const_lv2_3) & ~(1'b0 == lbRxDataIn_V_last_V_dout) & (lb_lengthBuffer_V_V_full_n == 1'b0)) | ((sinkState == ap_const_lv2_2) & ~(grp_nbreadreq_fu_134_p5 == 1'b0) & ~(1'b0 == grp_nbwritereq_fu_146_p3) & ~(1'b0 == tmp_12_nbreadreq_fu_178_p3) & ~(1'b0 == tmp_23_nbwritereq_fu_186_p6) & (lbRxMetadataIn_V_empty_n == 1'b0)) | ((sinkState == ap_const_lv2_2) & ~(grp_nbreadreq_fu_134_p5 == 1'b0) & ~(1'b0 == grp_nbwritereq_fu_146_p3) & ~(1'b0 == tmp_12_nbreadreq_fu_178_p3) & ~(1'b0 == tmp_23_nbwritereq_fu_186_p6) & (lb_metadataBuffer_V_s1_status == 1'b0)) | ((sinkState == ap_const_lv2_2) & ~(grp_nbreadreq_fu_134_p5 == 1'b0) & ~(1'b0 == grp_nbwritereq_fu_146_p3) & ~(1'b0 == tmp_12_nbreadreq_fu_178_p3) & ~(1'b0 == tmp_23_nbwritereq_fu_186_p6) & (lbRxDataIn_V_data_V0_status == 1'b0)) | ((sinkState == ap_const_lv2_2) & ~(grp_nbreadreq_fu_134_p5 == 1'b0) & ~(1'b0 == grp_nbwritereq_fu_146_p3) & ~(1'b0 == tmp_12_nbreadreq_fu_178_p3) & ~(1'b0 == tmp_23_nbwritereq_fu_186_p6) & (lb_packetBuffer_V_full_n == 1'b0)) | ((sinkState == ap_const_lv2_2) & ~(grp_nbreadreq_fu_134_p5 == 1'b0) & ~(1'b0 == grp_nbwritereq_fu_146_p3) & ~(1'b0 == tmp_12_nbreadreq_fu_178_p3) & ~(1'b0 == tmp_23_nbwritereq_fu_186_p6) & ~(1'b0 == lbRxDataIn_V_last_V_dout) & (lb_lengthBuffer_V_V_full_n == 1'b0)) | ((sinkState == ap_const_lv2_1) & ~(1'b0 == tmp_6_nbreadreq_fu_222_p3) & (lbPortOpenReplyIn_V_empty_n == 1'b0)) | ((ap_const_lv2_0 == sinkState) & ~(1'b0 == or_cond_i_fu_768_p2) & (lbRequestPortOpenOut_full_n == 1'b0)) | (real_start == 1'b0) | (ap_done_reg == 1'b1));
end

always @ (*) begin
    ap_condition_572 = ((ap_CS_fsm_state1 == 1'b1) & ~(grp_nbreadreq_fu_134_p5 == 1'b0) & ~(1'b0 == grp_nbwritereq_fu_146_p3) & ~(1'b0 == lbRxDataIn_V_last_V_dout) & ~(ap_condition_185 == 1'b1));
end

always @ (*) begin
    ap_condition_574 = ((sinkState == ap_const_lv2_2) & ~(1'b0 == tmp_12_nbreadreq_fu_178_p3) & ~(1'b0 == tmp_23_nbwritereq_fu_186_p6));
end

always @ (*) begin
    ap_condition_579 = ((ap_CS_fsm_state1 == 1'b1) & ~(grp_nbreadreq_fu_134_p5 == 1'b0) & ~(1'b0 == grp_nbwritereq_fu_146_p3) & ~(ap_condition_185 == 1'b1));
end

assign ap_ready = internal_ap_ready;

assign counter_V_1_1_i_fu_624_p3 = ((tmp_25_fu_608_p1[0:0] === 1'b1) ? ap_const_lv2_2 : ap_const_lv2_1);

assign counter_V_1_2_i_fu_640_p2 = (ap_const_lv2_1 + p_067_0_1_i_fu_632_p3);

assign counter_V_1_3_i_fu_658_p2 = (ap_const_lv3_1 + p_067_0_2_cast_i_fu_654_p1);

assign counter_V_1_4_i_fu_672_p2 = (ap_const_lv3_1 + p_067_0_3_i_fu_664_p3);

assign counter_V_1_5_i_fu_686_p2 = (ap_const_lv3_1 + p_067_0_4_i_fu_678_p3);

assign counter_V_1_6_i_fu_700_p2 = (ap_const_lv3_1 + p_067_0_5_i_fu_692_p3);

assign counter_V_1_7_i_fu_726_p2 = (ap_const_lv4_1 + p_067_0_6_cast_i_fu_714_p1);

assign counter_V_1_i_fu_431_p3 = ((tmp_15_fu_415_p1[0:0] === 1'b1) ? ap_const_lv2_2 : ap_const_lv2_1);

assign counter_V_2_i_fu_447_p2 = (ap_const_lv2_1 + p_051_0_1_i_fu_439_p3);

assign counter_V_3_i_fu_465_p2 = (ap_const_lv3_1 + p_051_0_2_cast_i_fu_461_p1);

assign counter_V_4_i_fu_479_p2 = (ap_const_lv3_1 + p_051_0_3_i_fu_471_p3);

assign counter_V_5_i_fu_493_p2 = (ap_const_lv3_1 + p_051_0_4_i_fu_485_p3);

assign counter_V_6_i_fu_507_p2 = (ap_const_lv3_1 + p_051_0_5_i_fu_499_p3);

assign counter_V_7_i_fu_533_p2 = (ap_const_lv4_1 + p_051_0_6_cast_i_fu_521_p1);

assign grp_fu_350_p3 = lbRxDataIn_V_keep_V_dout[ap_const_lv32_2];

assign grp_fu_358_p3 = lbRxDataIn_V_keep_V_dout[ap_const_lv32_3];

assign grp_fu_366_p3 = lbRxDataIn_V_keep_V_dout[ap_const_lv32_4];

assign grp_fu_374_p3 = lbRxDataIn_V_keep_V_dout[ap_const_lv32_5];

assign grp_fu_382_p3 = lbRxDataIn_V_keep_V_dout[ap_const_lv32_6];

assign grp_nbreadreq_fu_134_p5 = (lbRxDataIn_V_data_V_empty_n & lbRxDataIn_V_keep_V_empty_n & lbRxDataIn_V_last_V_empty_n);

assign grp_nbwritereq_fu_146_p3 = lb_packetBuffer_V_full_n;

assign lbRequestPortOpenOut_din = ap_const_lv16_281;

assign lbRxDataIn_V_data_V0_status = (lbRxDataIn_V_data_V_empty_n & lbRxDataIn_V_keep_V_empty_n & lbRxDataIn_V_last_V_empty_n);

assign lbRxDataIn_V_data_V_read = lbRxDataIn_V_data_V0_update;

assign lbRxDataIn_V_keep_V_read = lbRxDataIn_V_data_V0_update;

assign lbRxDataIn_V_last_V_read = lbRxDataIn_V_data_V0_update;

assign lb_metadataBuffer_V_1_din = {{lbRxMetadataIn_V_dout[ap_const_lv32_2F : ap_const_lv32_10]}};

assign lb_metadataBuffer_V_1_write = lb_metadataBuffer_V_s1_update;

assign lb_metadataBuffer_V_3_din = lbRxMetadataIn_V_dout[15:0];

assign lb_metadataBuffer_V_3_write = lb_metadataBuffer_V_s1_update;

assign lb_metadataBuffer_V_4_din = {{lbRxMetadataIn_V_dout[ap_const_lv32_5F : ap_const_lv32_40]}};

assign lb_metadataBuffer_V_4_write = lb_metadataBuffer_V_s1_update;

assign lb_metadataBuffer_V_s1_status = (lb_metadataBuffer_V_s_full_n & lb_metadataBuffer_V_4_full_n & lb_metadataBuffer_V_3_full_n & lb_metadataBuffer_V_1_full_n);

assign lb_metadataBuffer_V_s_din = {{lbRxMetadataIn_V_dout[ap_const_lv32_3F : ap_const_lv32_30]}};

assign lb_metadataBuffer_V_s_write = lb_metadataBuffer_V_s1_update;

assign or_cond_i_fu_768_p0 = lbRequestPortOpenOut_full_n;

assign or_cond_i_fu_768_p2 = (or_cond_i_fu_768_p0 & tmp_i_fu_762_p2);

assign p_051_0_1_i_fu_439_p3 = ((tmp_16_fu_423_p3[0:0] === 1'b1) ? counter_V_1_i_fu_431_p3 : p_051_0_cast_i_fu_419_p1);

assign p_051_0_2_cast_i_fu_461_p1 = p_051_0_2_i_fu_453_p3;

assign p_051_0_2_i_fu_453_p3 = ((grp_fu_350_p3[0:0] === 1'b1) ? counter_V_2_i_fu_447_p2 : p_051_0_1_i_fu_439_p3);

assign p_051_0_3_i_fu_471_p3 = ((grp_fu_358_p3[0:0] === 1'b1) ? counter_V_3_i_fu_465_p2 : p_051_0_2_cast_i_fu_461_p1);

assign p_051_0_4_i_fu_485_p3 = ((grp_fu_366_p3[0:0] === 1'b1) ? counter_V_4_i_fu_479_p2 : p_051_0_3_i_fu_471_p3);

assign p_051_0_5_i_fu_499_p3 = ((grp_fu_374_p3[0:0] === 1'b1) ? counter_V_5_i_fu_493_p2 : p_051_0_4_i_fu_485_p3);

assign p_051_0_6_cast_i_fu_521_p1 = p_051_0_6_i_fu_513_p3;

assign p_051_0_6_i_fu_513_p3 = ((grp_fu_382_p3[0:0] === 1'b1) ? counter_V_6_i_fu_507_p2 : p_051_0_5_i_fu_499_p3);

assign p_051_0_7_i_fu_539_p3 = ((tmp_22_fu_525_p3[0:0] === 1'b1) ? counter_V_7_i_fu_533_p2 : p_051_0_6_cast_i_fu_521_p1);

assign p_051_0_cast_i_fu_419_p1 = tmp_15_fu_415_p1;

assign p_067_0_1_i_fu_632_p3 = ((tmp_26_fu_616_p3[0:0] === 1'b1) ? counter_V_1_1_i_fu_624_p3 : p_067_0_cast_i_fu_612_p1);

assign p_067_0_2_cast_i_fu_654_p1 = p_067_0_2_i_fu_646_p3;

assign p_067_0_2_i_fu_646_p3 = ((grp_fu_350_p3[0:0] === 1'b1) ? counter_V_1_2_i_fu_640_p2 : p_067_0_1_i_fu_632_p3);

assign p_067_0_3_i_fu_664_p3 = ((grp_fu_358_p3[0:0] === 1'b1) ? counter_V_1_3_i_fu_658_p2 : p_067_0_2_cast_i_fu_654_p1);

assign p_067_0_4_i_fu_678_p3 = ((grp_fu_366_p3[0:0] === 1'b1) ? counter_V_1_4_i_fu_672_p2 : p_067_0_3_i_fu_664_p3);

assign p_067_0_5_i_fu_692_p3 = ((grp_fu_374_p3[0:0] === 1'b1) ? counter_V_1_5_i_fu_686_p2 : p_067_0_4_i_fu_678_p3);

assign p_067_0_6_cast_i_fu_714_p1 = p_067_0_6_i_fu_706_p3;

assign p_067_0_6_i_fu_706_p3 = ((grp_fu_382_p3[0:0] === 1'b1) ? counter_V_1_6_i_fu_700_p2 : p_067_0_5_i_fu_692_p3);

assign p_067_0_7_i_fu_732_p3 = ((tmp_32_fu_718_p3[0:0] === 1'b1) ? counter_V_1_7_i_fu_726_p2 : p_067_0_6_cast_i_fu_714_p1);

assign p_067_0_cast_i_fu_612_p1 = tmp_25_fu_608_p1;

assign start_out = real_start;

assign tmp_12_i_fu_547_p1 = p_051_0_7_i_fu_539_p3;

assign tmp_12_nbreadreq_fu_178_p3 = lbRxMetadataIn_V_empty_n;

assign tmp_15_fu_415_p1 = lbRxDataIn_V_keep_V_dout[0:0];

assign tmp_16_fu_423_p3 = lbRxDataIn_V_keep_V_dout[ap_const_lv32_1];

assign tmp_16_i_fu_740_p1 = p_067_0_7_i_fu_732_p3;

assign tmp_1_fu_597_p4 = {{{lbRxDataIn_V_last_V_dout}, {lbRxDataIn_V_keep_V_dout}}, {lbRxDataIn_V_data_V_dout}};

assign tmp_22_fu_525_p3 = lbRxDataIn_V_keep_V_dout[ap_const_lv32_7];

assign tmp_23_nbwritereq_fu_186_p6 = (lb_metadataBuffer_V_s_full_n & lb_metadataBuffer_V_4_full_n & lb_metadataBuffer_V_3_full_n & lb_metadataBuffer_V_1_full_n);

assign tmp_25_fu_608_p1 = lbRxDataIn_V_keep_V_dout[0:0];

assign tmp_26_fu_616_p3 = lbRxDataIn_V_keep_V_dout[ap_const_lv32_1];

assign tmp_2_fu_404_p4 = {{{lbRxDataIn_V_last_V_dout}, {lbRxDataIn_V_keep_V_dout}}, {lbRxDataIn_V_data_V_dout}};

assign tmp_32_fu_718_p3 = lbRxDataIn_V_keep_V_dout[ap_const_lv32_7];

assign tmp_6_nbreadreq_fu_222_p3 = lbPortOpenReplyIn_V_empty_n;

assign tmp_8_i_fu_774_p2 = ($signed(openPortWaitTime_V) + $signed(ap_const_lv32_FFFFFFFF));

assign tmp_V_1_fu_744_p2 = (tmp_16_i_fu_740_p1 + lbPacketLength);

assign tmp_V_fu_551_p2 = (tmp_12_i_fu_547_p1 + lbPacketLength);

assign tmp_i_fu_762_p2 = ((openPortWaitTime_V == ap_const_lv32_0) ? 1'b1 : 1'b0);

endmodule //rxPath